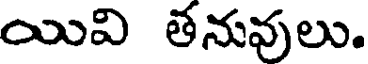
యివి తనువులు.